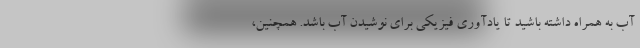
آب به همراه داشته باشید تا یادآوری فیزیکی برای نوشیدن آب باشد. همچنین،